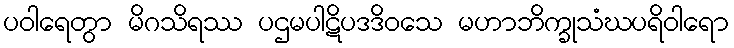
ပဝါရေတွာ မိဂသိရဿ ပဌမပါဋိပဒဒိဝသေ မဟာဘိက္ခုသံဃပရိဝါရော